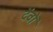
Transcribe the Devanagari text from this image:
देंवों